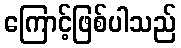
ကြောင့်ဖြစ်ပါသည်